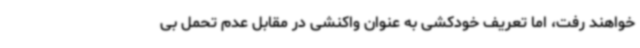
خواهند رفت، اما تعریف خودکشی به عنوان واکنشی در مقابل عدم تحمل بی